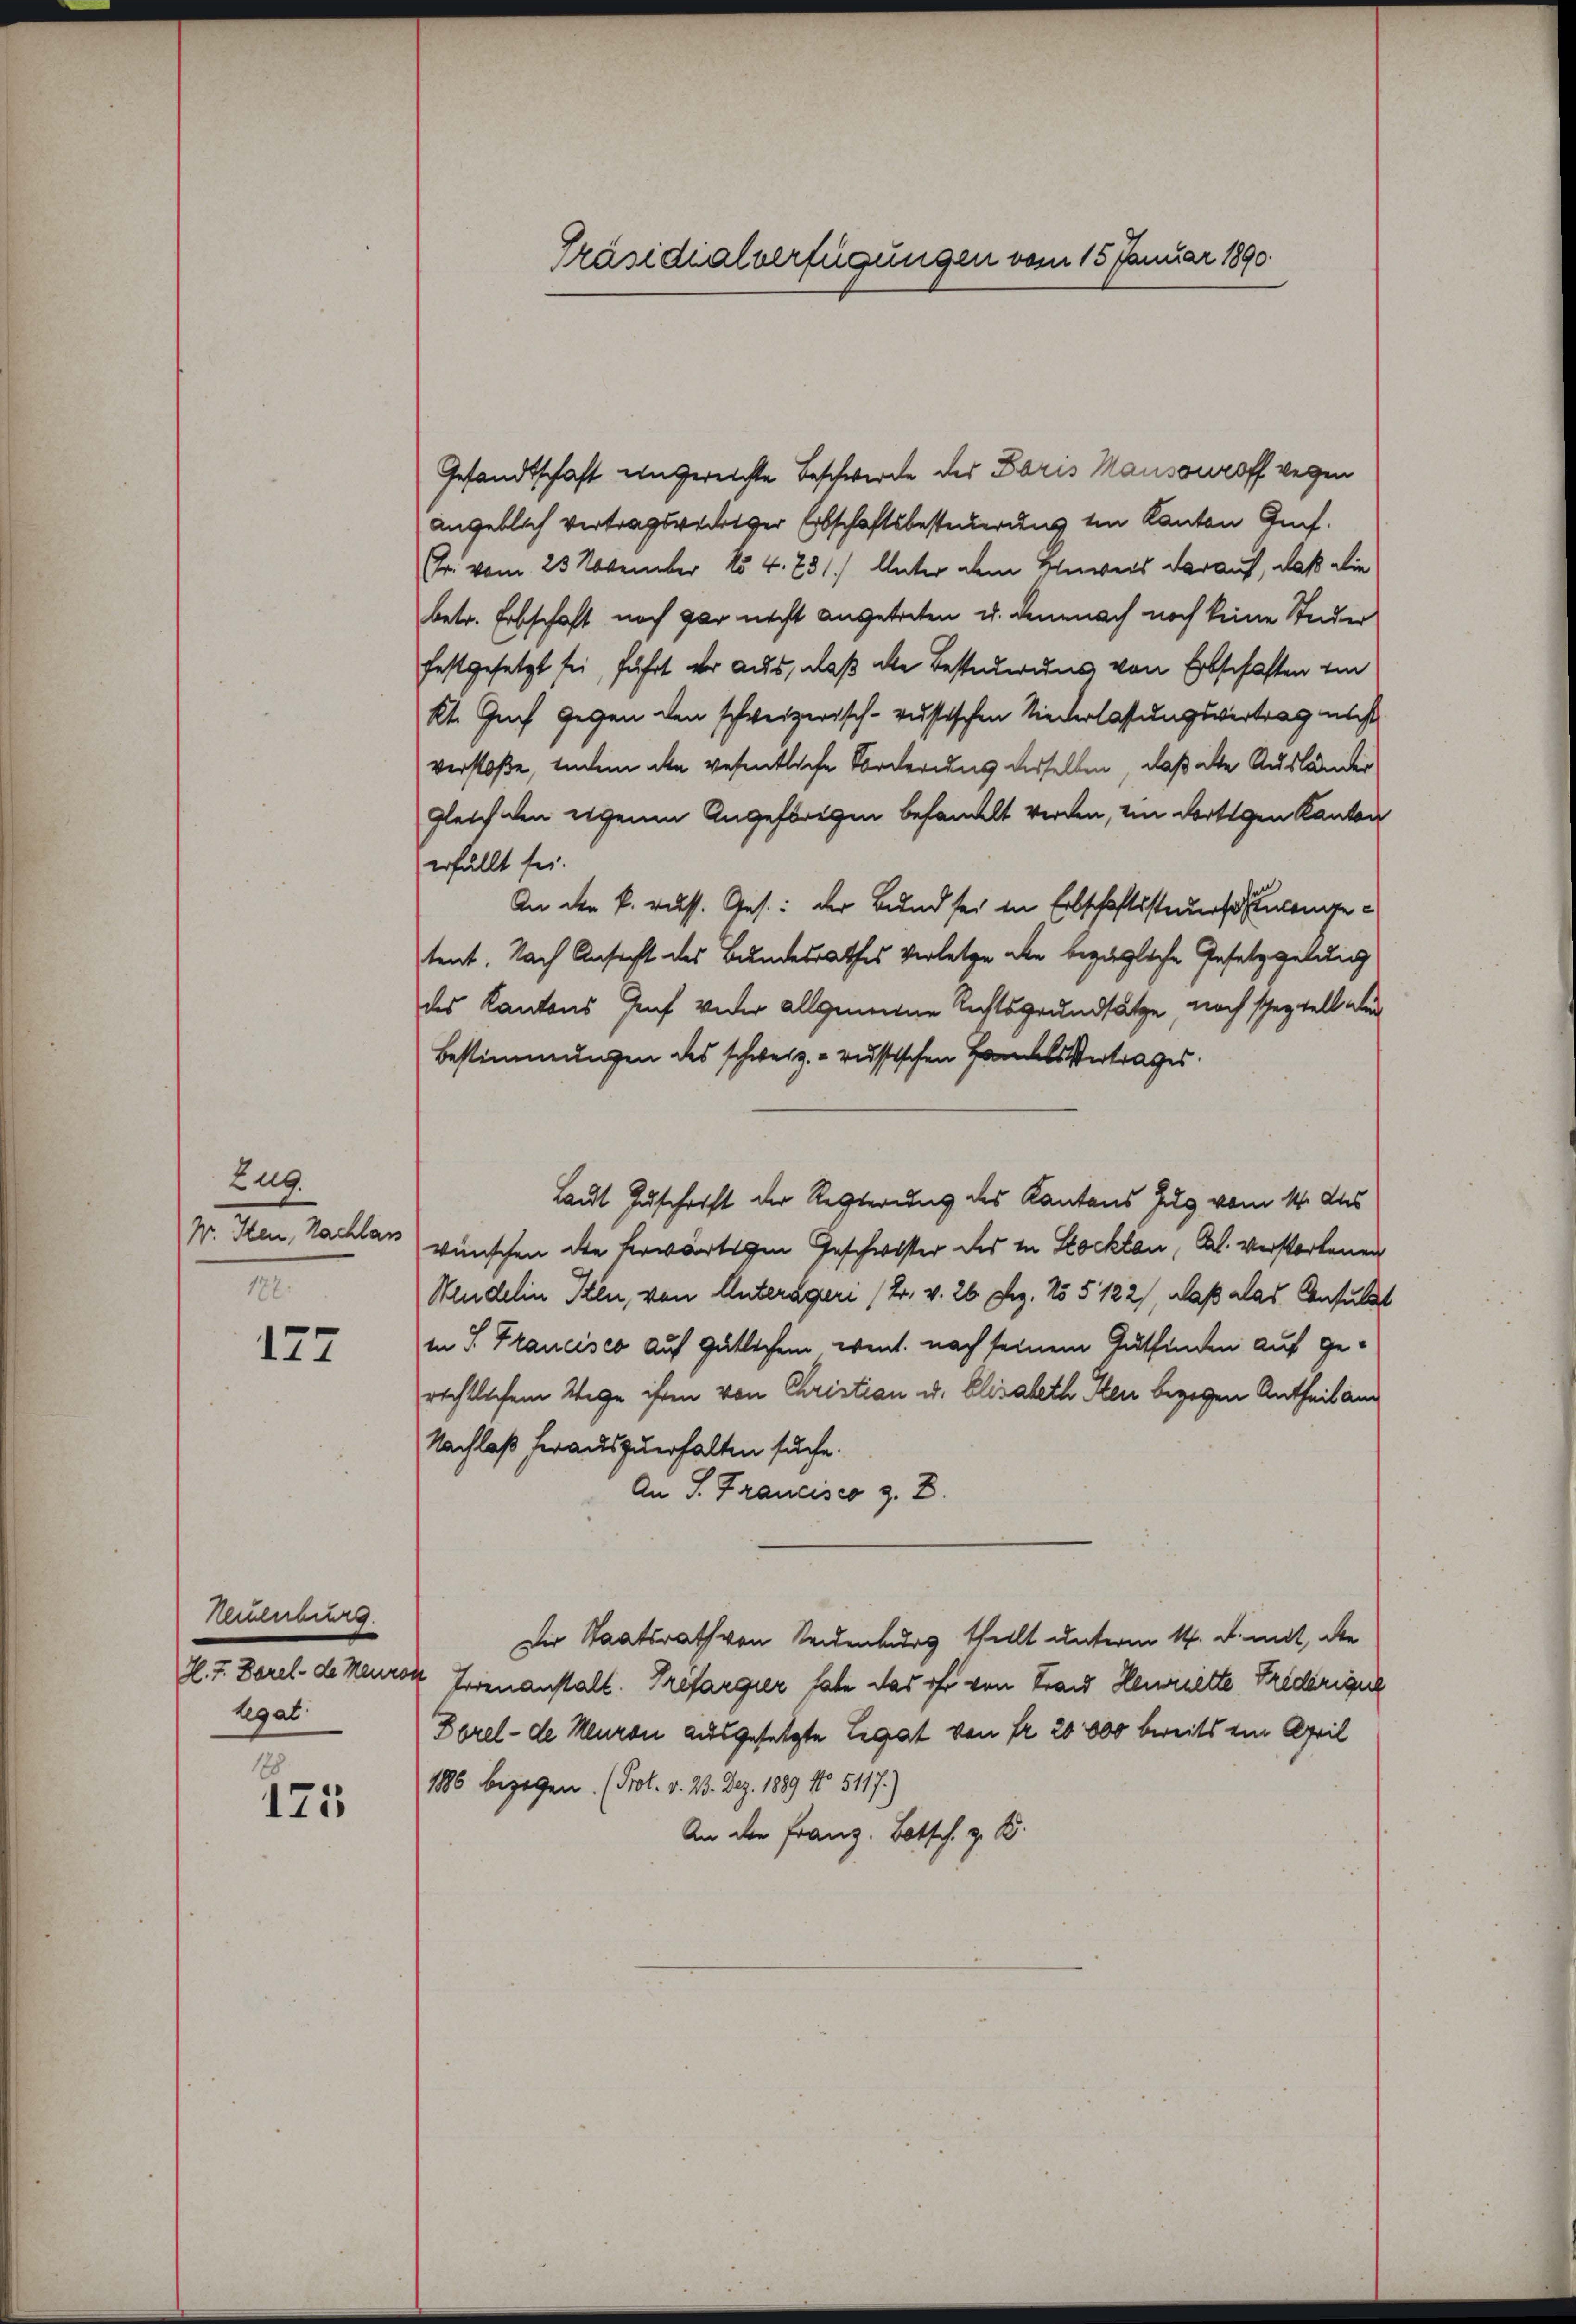
Zug.
W. Iten, Nachlass
I

177

Heinr
H. F. Borel - de Neuras
legat

1
175

Präsidialverfügungen vom 15. Januar 1890.

Gesandtschaft ungereichte Beschwerde der Paris Mansouroff wegen
angeblich vertragsrechtiger Erbschaftsbesteuerung ein Kanton Genf.
(Fr. vom 23 November 154. 731.) Unter dem Anweis darauf, daß die
betr. Erbschaft noch gar nicht angetreten u. demnach noch keine Studer
festgesetzt sei, führt er aus, daß die Bestellerung von Erbschaften ein
kt. Guch gegen den schweizerisch-russischen Niederlassungsvertrag nach
verstoße, indem die wesentliche Forderung derselben, daß alte Ausländer
gleich den eigenen Angehörigen behandelt werden, im dortigen Kanton
erfällt sei.
An der k. russ. Ges.: der Bund sei in Erbschaftssteuerschengetent. Nach Ansicht des Bundesrathes Verletze aber bezügliche Gesetzgebung
des Kantons Graf Wider allgemeine Rechtsgrundsätze, noch speziell aber
Bestimmungen des schweiz. russischen Handelsvertrages.
Laut Zuschrift der Regierung des Kantons Zug vom 14. das
wünschen die herwärtigen Geschwister des in Stocktau, Al. verstorbenen
Wendelin Iten, von Unterägeri (2. v. 26. Dez. 25 § 122), daß alas Consulds
in S. Francisco auf gütlichem event. nach seinem Gutfinden auf gerechtlichem Wege ihren von Christian u. Elisabeth Heu begegen Antheil am
Nachlaß herauszuerhalten suche.
An P. Francisco z. B.
Der Staatsrath von Seidenburg theilt unterm 14. d. mit, die
4 Trienanstalt. Trefargier habe das oft von Frau Henriette Fridrigul
Borel - de Neuren ausgesetzte Legat von fr. 20000 bereits ein April
186 bezogen. (Prot. v. 23. Dez. 1889 No 5117.)
An der Franz. Botsch. z. B.